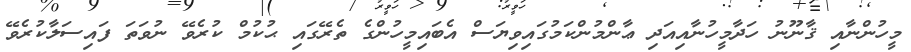
މީހުންނާއި ޤާނޫނު ހަދާމީހުނާއިއަދި ޢާންމުންކަމުގައިވިޔަސް އެބައިމީހުންގެ ތެރޭގައި ޙުކުމް ކުރެވޭ ނުވަތަ ފައިސަލާކުރެވޭ